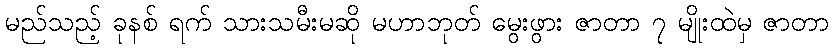
မည်သည့် ခုနစ် ရက် သားသမီးမဆို မဟာဘုတ် မွေးဖွား ဇာတာ ၇ မျိုးထဲမှ ဇာတာ